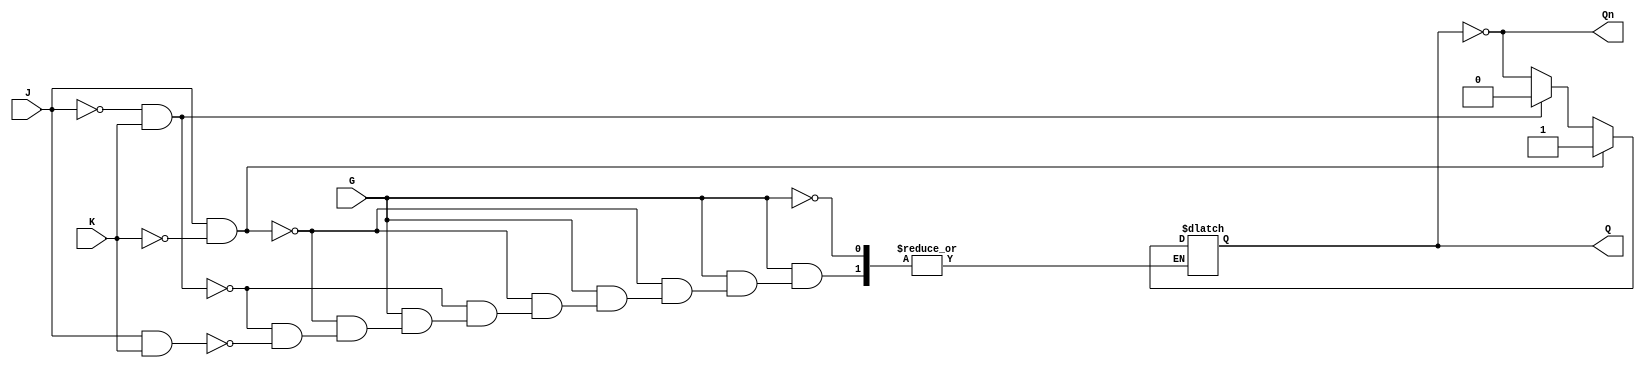
module gated_jk_latch (
    input wire J,      // Data Input J
    input wire K,      // Data Input K
    input wire G,      // Enable Input
    output reg Q,      // Output Q
    output wire Qn     // Output Q' (complement of Q)
);

    // Complementary output
    assign Qn = ~Q;

    always @(*) begin
        if (G) begin
            if (J && ~K) begin
                Q = 1'b1;  // Set state
            end
            else if (~J && K) begin
                Q = 1'b0;  // Reset state
            end
            else if (J && K) begin
                Q = ~Q;    // Toggle state
            end
            // If both J and K are 0, Q remains unchanged
        end
        // If G is low, the previous state of Q is retained
    end

endmodule